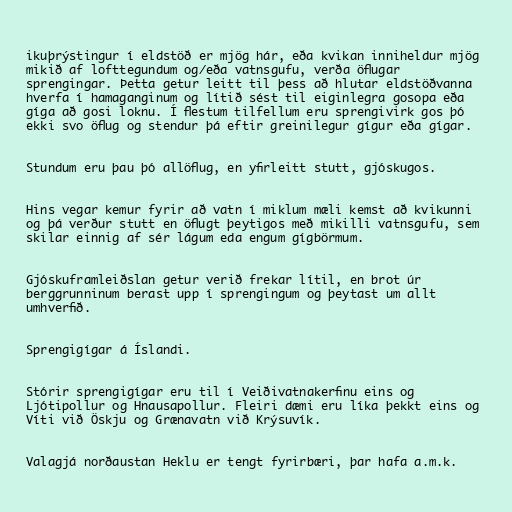
ikuþrýstingur í eldstöð er mjög hár, eða kvikan inniheldur mjög
mikið af lofttegundum og/eða vatnsgufu, verða öflugar
sprengingar. Þetta getur leitt til þess að hlutar eldstöðvanna
hverfa í hamaganginum og lítið sést til eiginlegra gosopa eða
gíga að gosi loknu. Í flestum tilfellum eru sprengivirk gos þó
ekki svo öflug og stendur þá eftir greinilegur gígur eða gígar.

Stundum eru þau þó allöflug, en yfirleitt stutt, gjóskugos.

Hins vegar kemur fyrir að vatn í miklum mæli kemst að kvikunni
og þá verður stutt en öflugt þeytigos með mikilli vatnsgufu, sem
skilar einnig af sér lágum eda engum gígbörmum.

Gjóskuframleiðslan getur verið frekar lítil, en brot úr
berggrunninum berast upp í sprengingum og þeytast um allt
umhverfið.

Sprengigígar á Íslandi.

Stórir sprengigígar eru til í Veiðivatnakerfinu eins og
Ljótipollur og Hnausapollur. Fleiri dæmi eru líka þekkt eins og
Víti við Öskju og Grænavatn við Krýsuvík.

Valagjá norðaustan Heklu er tengt fyrirbæri, þar hafa a.m.k.